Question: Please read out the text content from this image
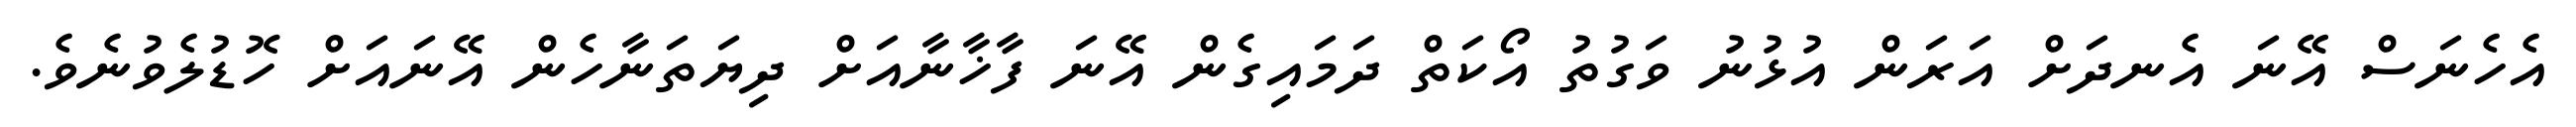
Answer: އެހެނަސް އޭނަ އެނދަށް އަރަން އުޅުނު ވަގުތު އޯކަތް ދަމައިގެން އޭނަ ފާޚާނާއަށް ދިޔަތަނާހެން އޭނައަށް ހޮޑުލެވުނެވެ.